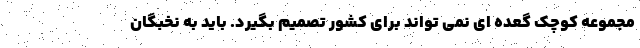
مجموعه کوچک گعده ای نمی تواند برای کشور تصمیم بگیرد. باید به نخبگان